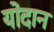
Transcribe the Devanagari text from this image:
योदान